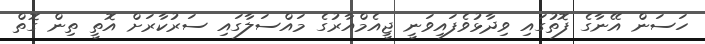
ހަސަން އޭނާގެ ފޮތުގައި ވިދާޅުވެފައިވަނީ ޖީއެމްއާރުގެ މައްސަލާގައި ސަރުކާރަށް އޮތީ ތިން ގޮތް